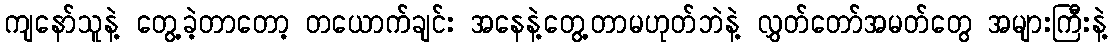
ကျနော်သူနဲ့ တွေ့ခဲ့တာတော့ တယောက်ချင်း အနေနဲ့တွေ့တာမဟုတ်ဘဲနဲ့ လွှတ်တော်အမတ်တွေ အများကြီးနဲ့